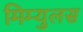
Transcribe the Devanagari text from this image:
मिम्युलस